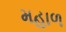
મહાળ